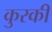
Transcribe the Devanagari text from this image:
कुरकी